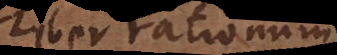
iber rationum